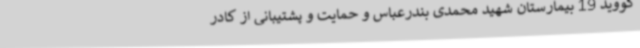
کووید 19 بیمارستان شهید محمدی بندرعباس و حمایت و پشتیبانی از کادر